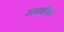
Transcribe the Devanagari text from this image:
अग्रशील